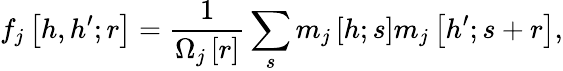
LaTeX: f_{j}\left[h,h^{\prime};r\right]=\frac{1}{\Omega_{j}\left[r\right]}\sum_{s}m_{j}\left[h;s\right]m_{j}\left[h^{\prime};s+r\right],